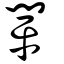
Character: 閛